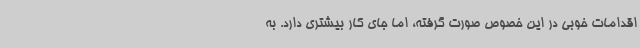
اقدامات خوبی در این خصوص صورت گرفته، اما جای کار بیشتری دارد. ‌به